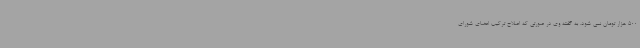
500 هزار تومان نمی شود. به گفته وی در صورتی که اصلاح ترکیب اعضای شورای